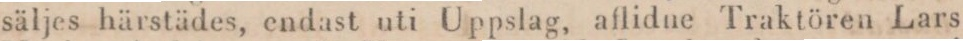
säljes härstädes, endast uti Uppslag, aflidne Traktören Lars